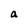
Character: a